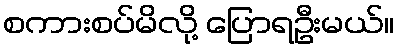
စကားစပ်မိလို့ ပြောရဦးမယ်။